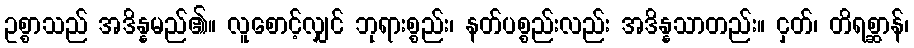
ဥစ္စာသည် အဒိန္နမည်၏။ လူစောင့်လျှင် ဘုရားစ္စည်း၊ နတ်ပစ္စည်းလည်း အဒိန္နသာတည်း။ ငှတ်၊ တိရစ္ဆာန်၊